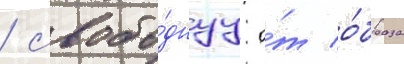
/ свобо́днуу о́т о́браза